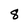
Character: 8